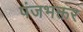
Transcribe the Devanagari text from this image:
पंजभक्तर